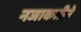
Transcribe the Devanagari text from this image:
नजाकतीने